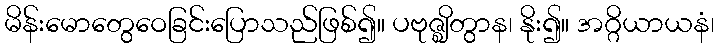
မိန်းမောတွေဝေခြင်းပြောသည်ဖြစ်၍။ ပဗုဇ္ဈိတွာန၊ နိုး၍။ အဂ္ဂိယာယနံ၊